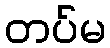
တပ်မ